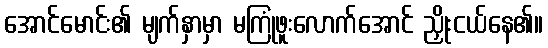
အောင်မောင်း၏ မျက်နှာမှာ မကြုံဖူးလောက်အောင် ညှိုးငယ်နေ၏။